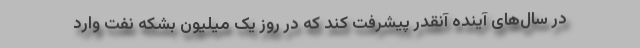
در سال‌های آینده آنقدر پیشرفت کند که در روز یک میلیون بشکه نفت وارد